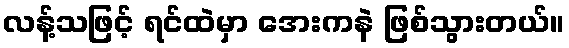
လန့်သဖြင့် ရင်ထဲမှာ အေးကနဲ ဖြစ်သွားတယ်။